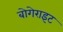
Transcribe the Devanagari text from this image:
बोगेराइट